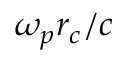
\omega _ { p } r _ { c } / c